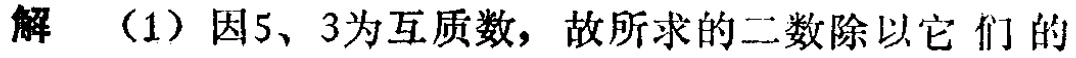
解 （1）因5、3为互质数，故所求的二数除以它们的